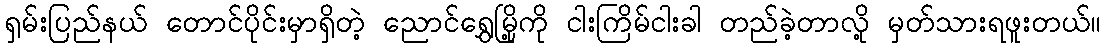
ရှမ်းပြည်နယ် တောင်ပိုင်းမှာရှိတဲ့ ညောင်ရွှေမြို့ကို ငါးကြိမ်ငါးခါ တည်ခဲ့တာလို့ မှတ်သားရဖူးတယ်။